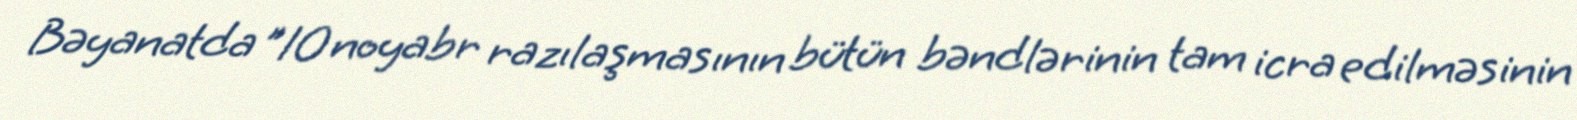
Bəyanatda ”10 noyabr razılaşmasının bütün bəndlərinin tam icra edilməsinin